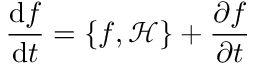
{ \frac { \mathrm { d } f } { \mathrm { d } t } } = \{ f , { \mathcal { H } } \} + { \frac { \partial f } { \partial t } }